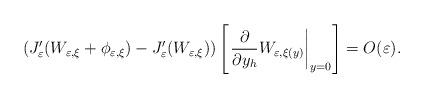
LaTeX: \begin{align*}\left( J_{\varepsilon}^{\prime}(W_{\varepsilon,\xi}+\phi_{\varepsilon,\xi})-J_{\varepsilon}^{\prime}(W_{\varepsilon,\xi})\right) \left[ \left.\frac{\partial}{\partial y_{h}}W_{\varepsilon,\xi(y)}\right\vert_{y=0}\right] =O(\varepsilon).\end{align*}